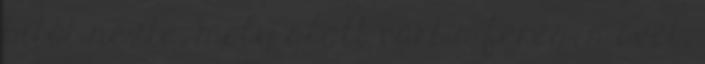
bitót nézte, mely alatt várt a féreg, s övét,